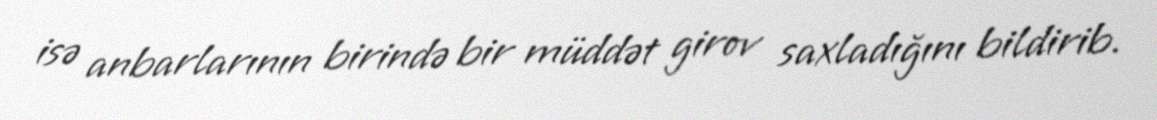
isə anbarlarının birində bir müddət girov saxladığını bildirib.